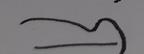
Signature authenticity: forged